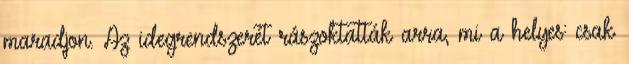
maradjon. Az idegrendszerét rászoktatták arra, mi a helyes: csak